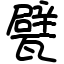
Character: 甓